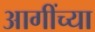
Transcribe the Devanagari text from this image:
आगींच्या